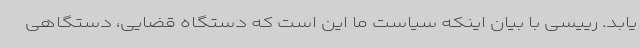
یابد. رییسی با بیان اینکه سیاست ما این است که دستگاه قضایی، دستگاهی